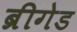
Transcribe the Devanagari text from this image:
ब्रीगेड